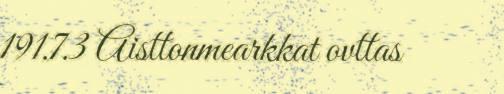
191.7.3 Aisttonmearkkat ovttas